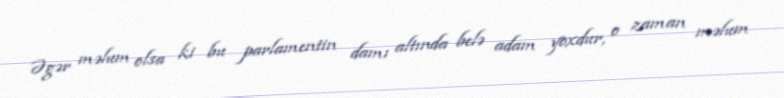
Əgər məlum olsa ki bu parlamentin damı altında belə adam yoxdur, o zaman məlum